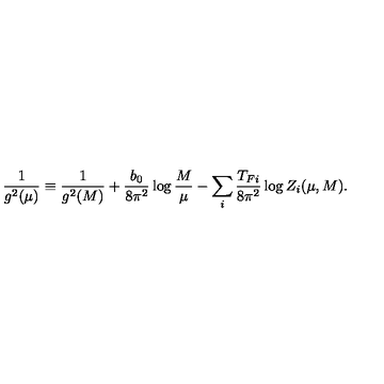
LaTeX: { \frac { 1 } { g ^ { 2 } ( \mu ) } } \equiv { \frac { 1 } { g ^ { 2 } ( M ) } } + { \frac { b _ { 0 } } { 8 \pi ^ { 2 } } } \log { \frac { M } { \mu } } - \sum _ { i } { \frac { T _ { F i } } { 8 \pi ^ { 2 } } } \log Z _ { i } ( \mu , M ) .